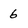
Character: 6